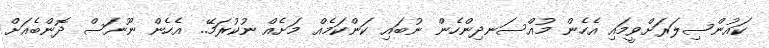
ކައުންސިލަރަށްވީމައި އެހެން މުއްސަނދިންހެން ނުބައި ކަންކަމެއް މަށެއް ނުކުރަމޭ.. އެހެން ނޫނަސް ދޮންބެއަށް